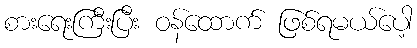
စားရေးကြီးပြီး ဝန်ထောက် ဖြစ်ရမယ်ပေါ့